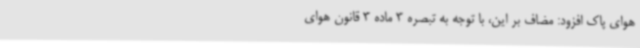
هوای پاک افزود: مضاف بر این، با توجه به تبصره 3 ماده 3 قانون هوای